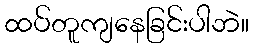
ထပ်တူကျနေခြင်းပါဘဲ။